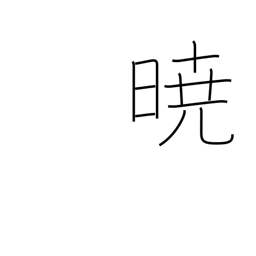
Meaning: in the event